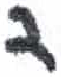
אות: ד